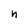
Character: n